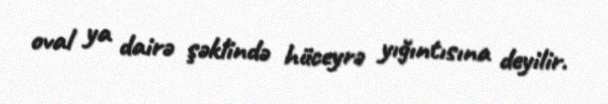
oval ya dairə şəklində hüceyrə yığıntısına deyilir.